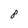
Character: 8